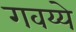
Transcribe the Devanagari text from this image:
गवय्ये